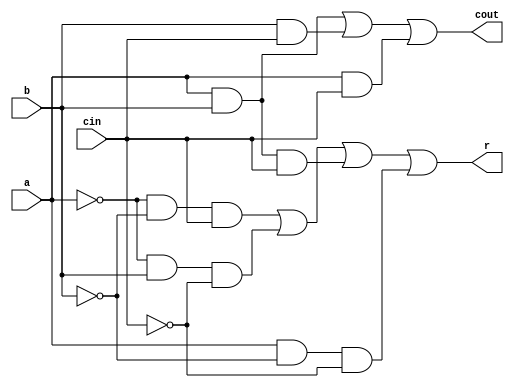
module adder_1bit(a, b, cin, r, cout);
    input a, b, cin;
    output r, cout;

    wire a_not, b_not, not_cin;
    wire [3:0] r_and_layer;
    wire [2:0] cout_and_layer;

    not na(not_a, a),
        nb(not_b, b),
        nc(not_cin, cin);

    and r_and0(r_and_layer[0], not_a, not_b, cin),
        r_and1(r_and_layer[1], not_a, b, not_cin),
        r_and2(r_and_layer[2], a, b, cin),
        r_and3(r_and_layer[3], a, not_b, not_cin);
    
    or r_res(r, r_and_layer[0], r_and_layer[1],
             r_and_layer[2], r_and_layer[3]);

    and cout_and0(cout_and_layer[0], a, b),
        cout_and1(cout_and_layer[1], b, cin),
        cout_and2(cout_and_layer[2], a, cin);

    or cout_res(cout, cout_and_layer[0],
                cout_and_layer[1], cout_and_layer[2]);

endmodule